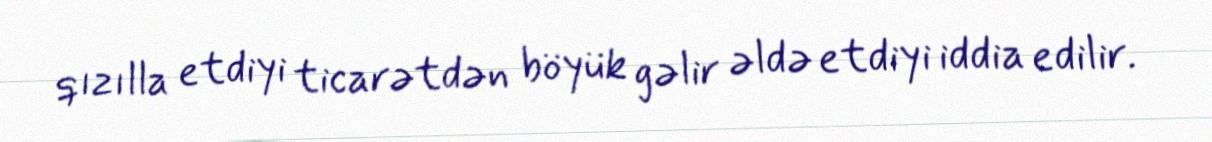
qızılla etdiyi ticarətdən böyük gəlir əldə etdiyi iddia edilir.